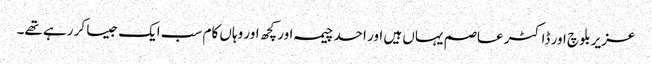
عزیر بلوچ اور ڈاکٹر عاصم یہاں ہیں اور احد چیمہ اور کچھ اور وہاں کام سب ایک جیسا کر رہے تھے۔